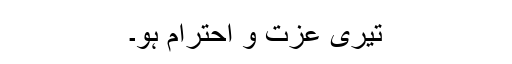
تیری عزت و احترام ہو۔